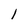
Character: 1